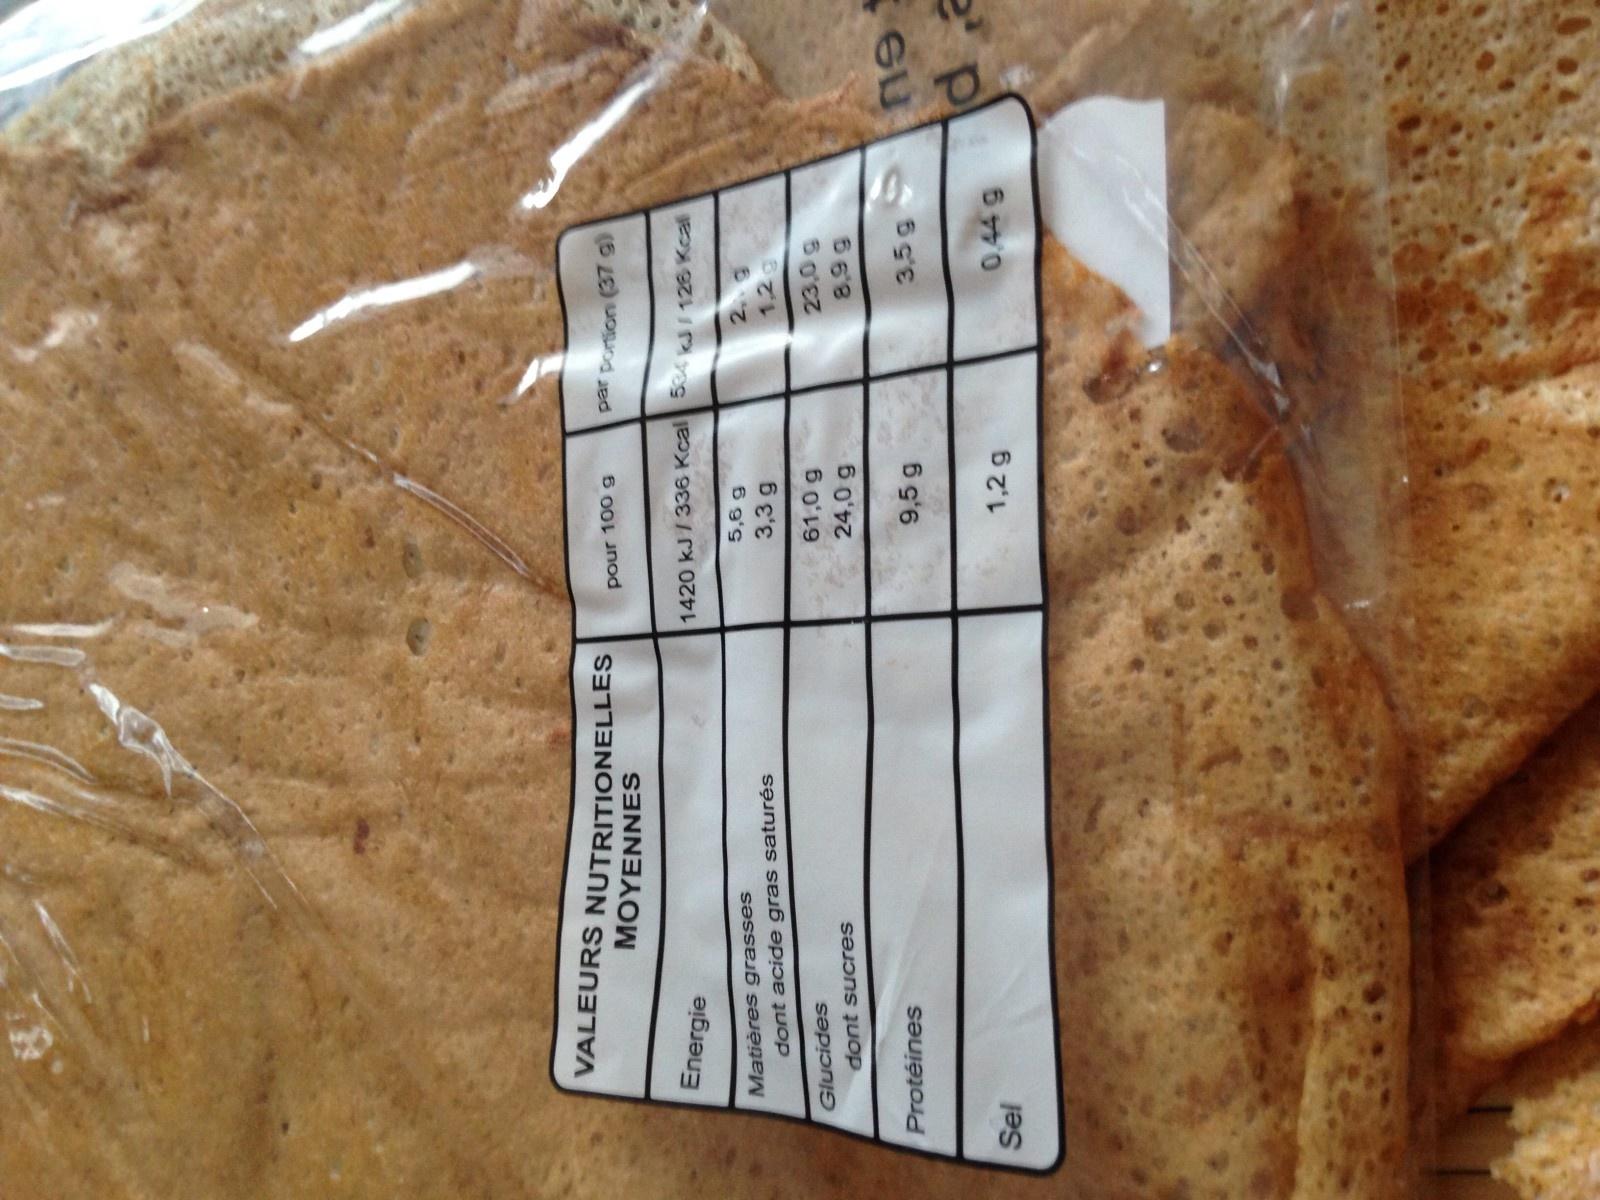
VALEURS NUTRITIONELLES
Energie
Sel
Matières grasses
Glucides
MOYENNES
dont acide gras saturés
Protéines
dont sucres
pour 100 g
1420 kJ/336 Kcal 534 kJ/ 126 Kcal
5,6 g
3,3 g
61,0 g
24,0 g
9,5 g
par portion (37 g)
1,2 g
2.9
1,2g
23,0 g
8,99
3,5g
0.44g
19
d